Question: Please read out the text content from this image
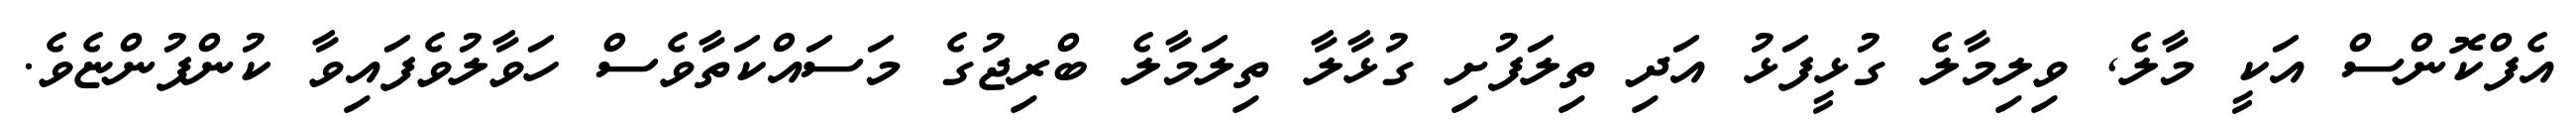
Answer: އެފްކޮންސް އަކީ މާލެ, ވިލިމާލެ ގުޅީފަޅު އަދި ތިލަފުށި ގުޅާލާ ތިލަމާލެ ބްރިޖުގެ މަސައްކަތާވެސް ހަވާލުވެފައިވާ ކުންފުންޏެވެ.